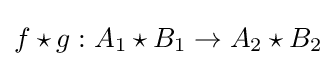
f\star g:A_{1}\star B_{1}\to A_{2}\star B_{2}